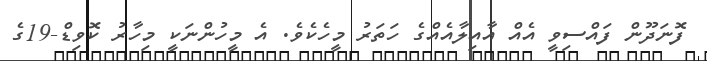
ފޮނަދޫން ފައްސިވީ އެއް އާއިލާއެއްގެ ހަތަރު މީހެކެވެ. އެ މީހުންނަކީ މިހާރު ކޮވިޑް-19ގެ